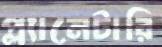
প্ল্যানেটারি